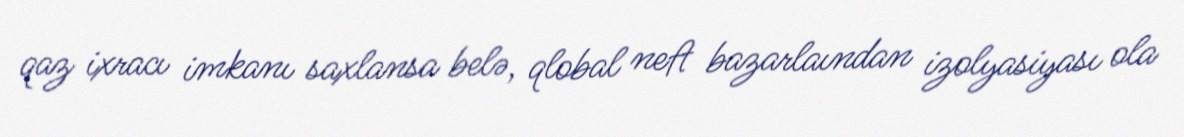
qaz ixracı imkanı saxlansa belə, qlobal neft bazarlaından izolyasiyası ola